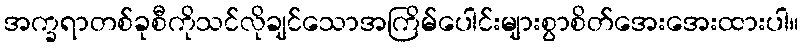
အက္ခရာတစ်ခုစီကိုသင်လိုချင်သောအကြိမ်ပေါင်းများစွာစိတ်အေးအေးထားပါ။